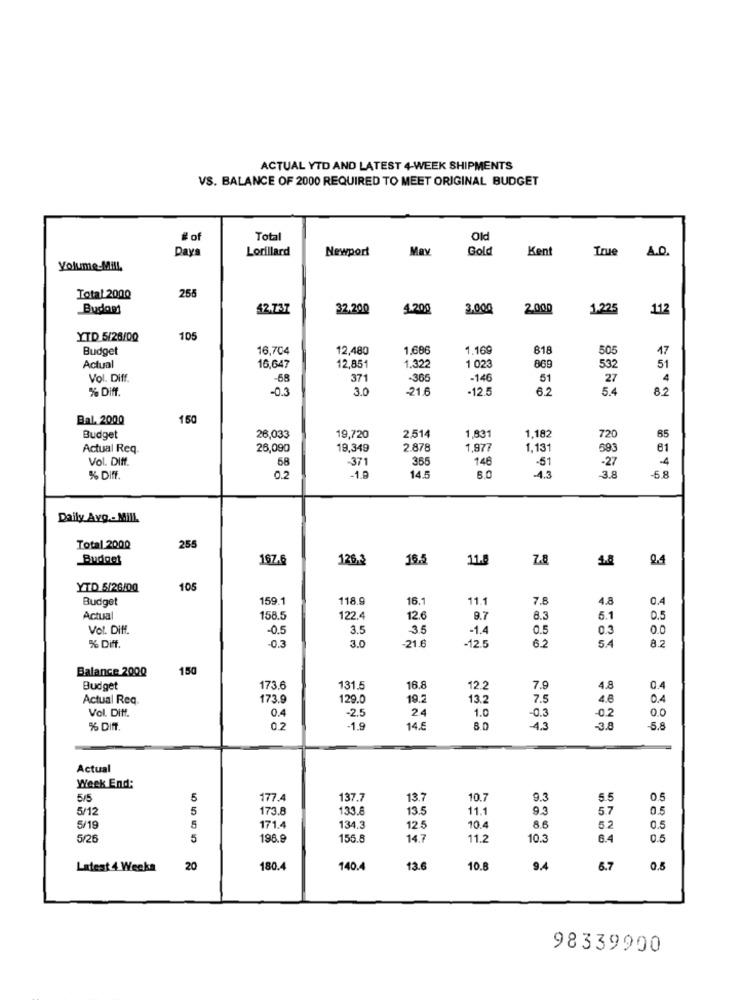
ACTUAL YTD AND LATEST 4-WEEK SHIPMENTS
VS. BALANCE OF 2000 REQUIRED TO MEET ORIGINAL BUDGET
#of
Total
Old
Pays
Lorillard
Newport
Mav
Gold
Kent
True
A.O.
Yolume-Mill.
255
Total 2000
Budget
42.737
32.200
4.200
3.000
2000
1.225
112
YTD 5/26/00
105
Budget
16,704
12,480
1.686
1.169
818
505
17
1 023
Actual
16,647
12,851
1.322
869
532
51
Vol. Diff.
-68
371
-305
-146
51
27
4
% Diff.
-0.3
3.0
-21.6
-12 5
6.2
5.4
Bal. 2000
150
Budget
26,033
19,720
2,514
1,831
1.182
720
85
Actual Req.
26,090
19,349
2.878
1,977
1,13
593
61
Vol. Diff.
58
-371
365
146
-51
-27
4
% Dif.
0.2
-1.9
145
-4.3
3.8
-6.8
Daily Avg .- Mill
Total 2000
255
Budget
167.6
126.3
16.5
11.
7.8
1.8
YTD 5/26/00
105
Budget
159.1
118.9
16.
11.1
7.8
4.8
0.4
Actual
158.5
122.4
12.6
9.7
8.3
5.1
0.5
Vol. Diff.
-0.5
3.5
35
-1.4
0.5
0.3
0.0
-0.3
-21.6
-12.5
% Diff.
3.0
6.2
8.2
Balance 2000
150
Budget
173.6
131.5
16.8
12.2
7.9
4.8
0.4
Actual Req.
173.9
129.0
19.2
13.2
7.5
4.8
0.4
Vol. Diff.
0.4
2.4
1.0
-0.3
-2.5
-0.2
% Diff.
02
-1.9
14.8
4.3
-3.8
-5.8
Actual
Week End:
5/5
5
177.4
137.7
13.7
10.7
9.3
5.5
0.5
5/12
5
173.8
133.8
13.5
11.1
9.3
5.7
0.5
5/19
5
171.4
134.3
12.
10.4
8.6
52
0.5
5/26
5
198.9
155.8
14.7
11.2
10.3
6.4
0.5
Latest 4 Weeks
20
180.4
140.4
13.6
10.
9.4
6.7
0.5
98339900